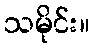
သမိုင်း။